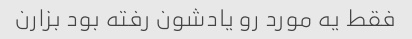
فقط یه مورد رو یادشون رفته بود بزارن